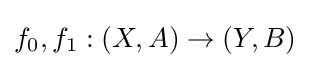
f_{0},f_{1}:(X,A)\to (Y,B)